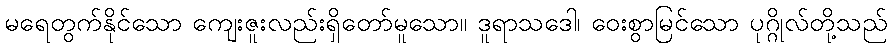
မရေတွက်နိုင်သော ကျေးဇူးလည်းရှိတော်မူသော။ ဒူရာသဒေါ၊ ဝေးစွာမြင်သော ပုဂ္ဂိုလ်တို့သည်